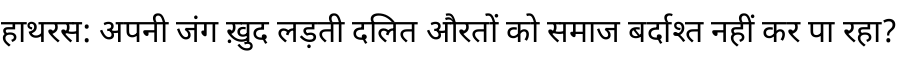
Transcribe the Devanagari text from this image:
हाथरस: अपनी जंग ख़ुद लड़ती दलित औरतों को समाज बर्दाश्त नहीं कर पा रहा?